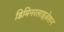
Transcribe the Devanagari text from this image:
डिमिनरलाइज़ेशन